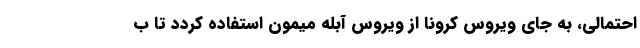
احتمالی، به جای ویروس کرونا از ویروس آبله میمون استفاده کردد تا ب